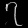
Digit: ၇